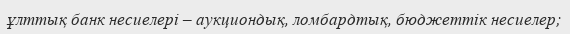
ұлттық банк несиелері – аукциондық, ломбардтық, бюджеттік несиелер;